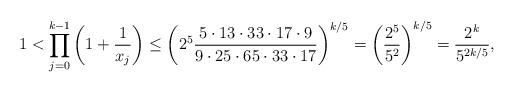
LaTeX: \begin{align*}1 < \prod_{j=0}^{k-1} \left(1 + \frac{1}{x_j} \right) \leq \left(2^{5} \frac{5 \cdot 13 \cdot 33 \cdot 17 \cdot 9}{9 \cdot 25 \cdot 65 \cdot 33 \cdot 17} \right)^{k/5} = \left( \frac{2^5}{5^2} \right)^{k/5} = \frac{2^k}{5^{2k/5}}, \end{align*}